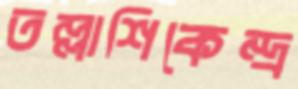
তল্লাশিকেন্দ্র